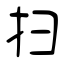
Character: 扫